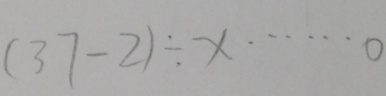
( 3 7 - 2 ) \div x \cdots 0